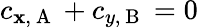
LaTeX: c_{\mathbf{x},\mathrm{{~A~}}}+c_{y,\mathrm{{~B~}}}=0